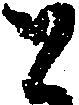
と